Vabadussoja_Ajaloo_Komitee, lk 18
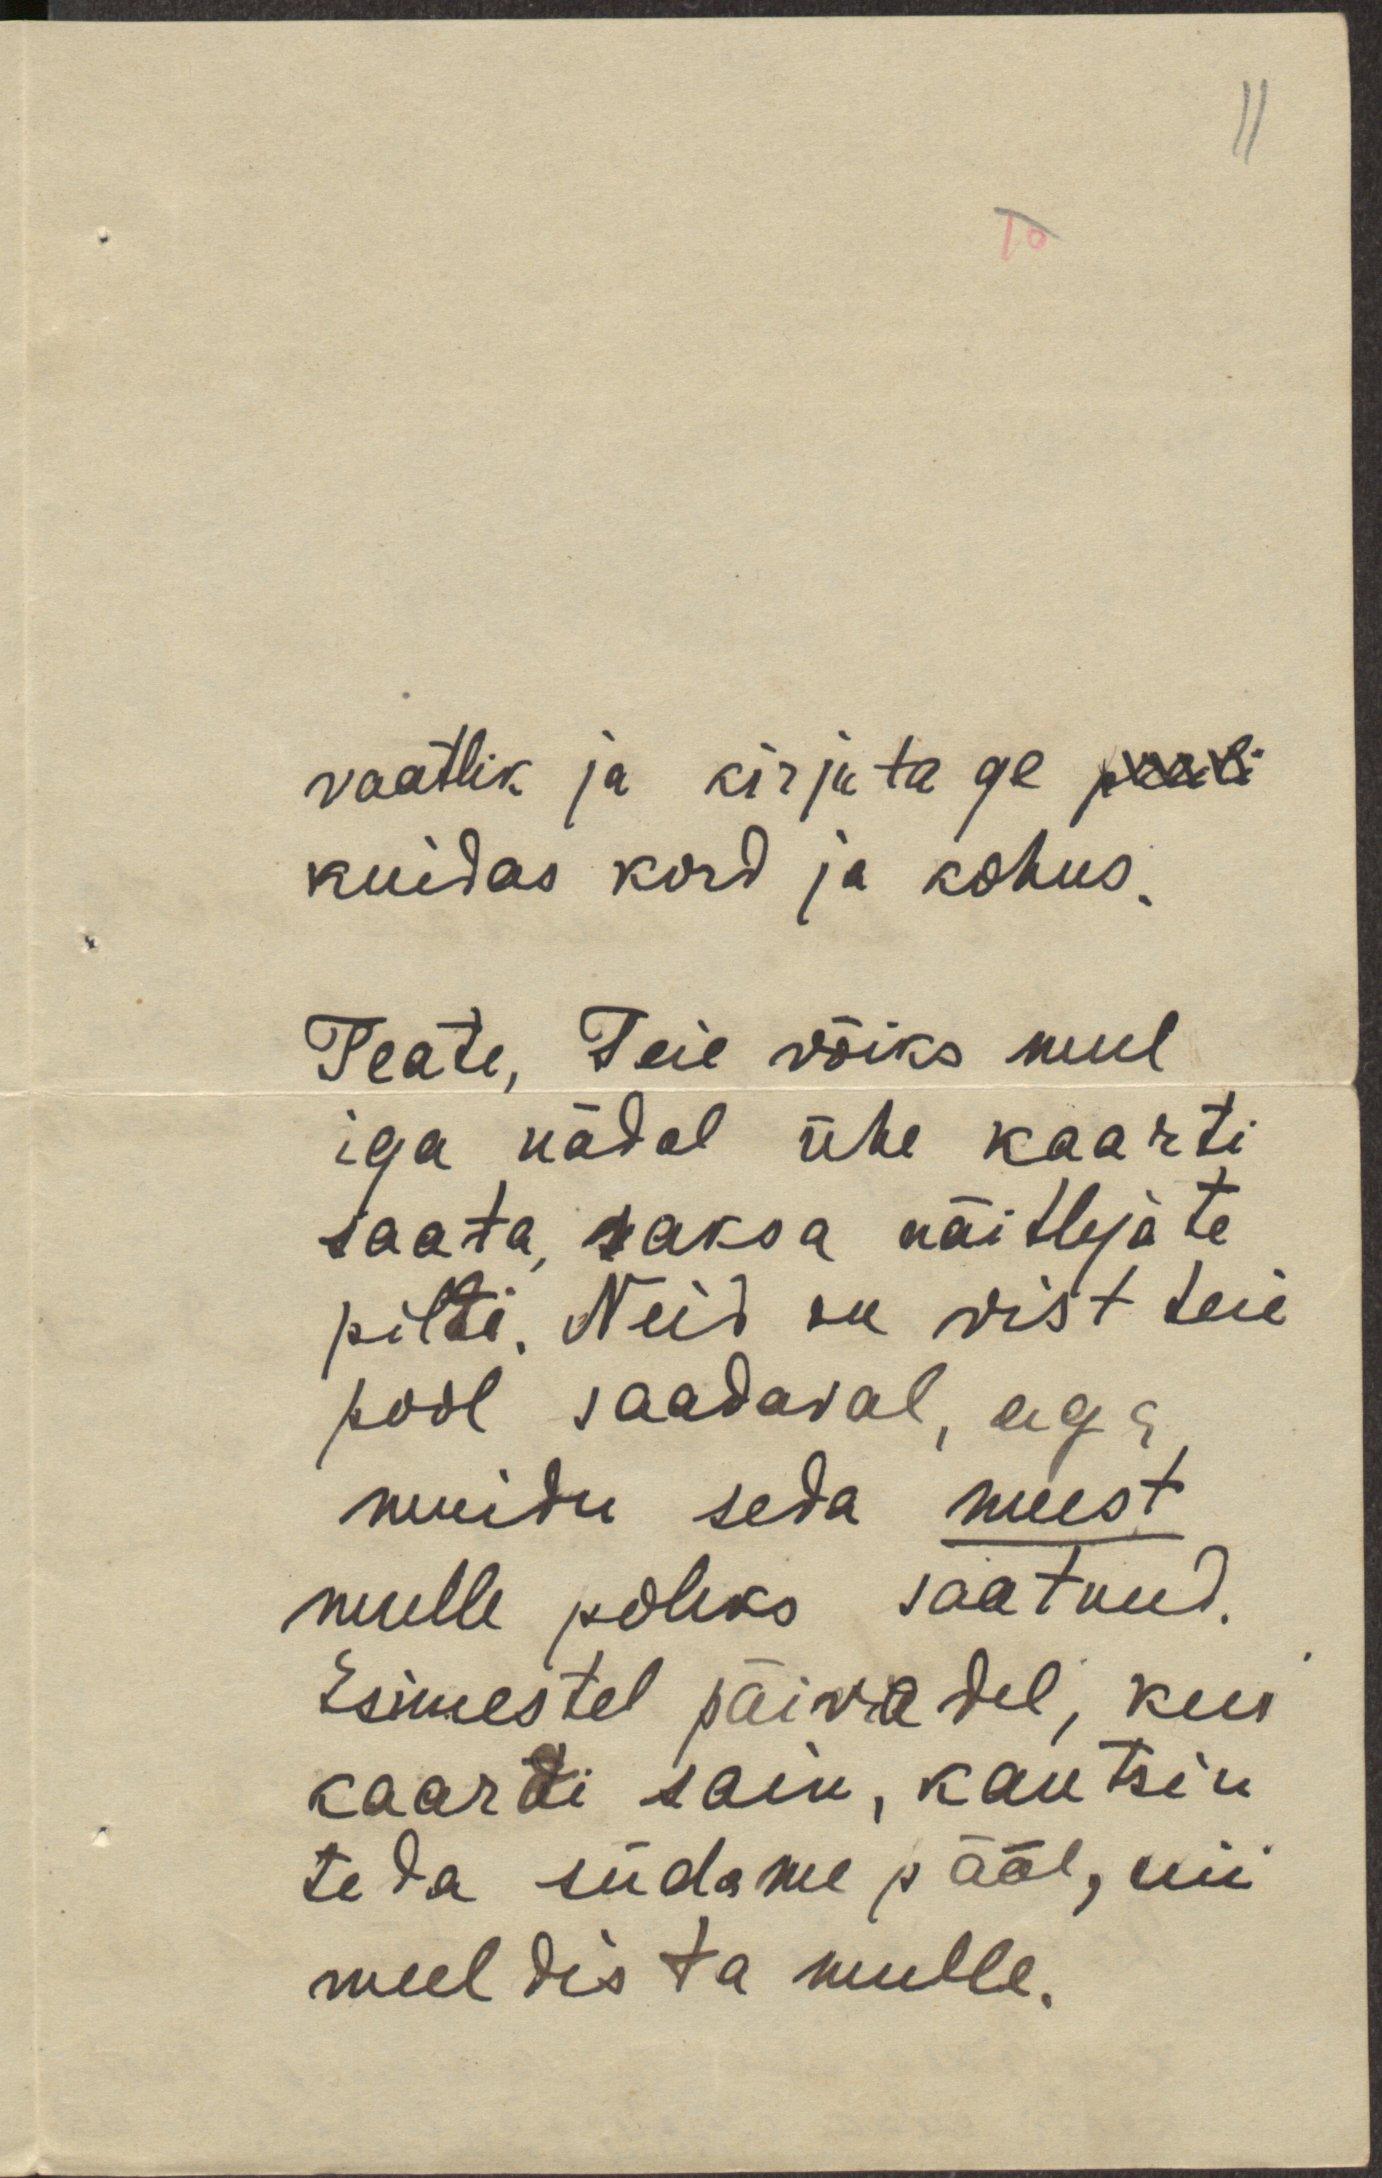
11

vaatlik ja kirjutage preili
kuidas kord ja kohus.
Teate, Teie võiks mul
iga nädal ühe kaarti
saata, saksa näitlejate
pildi. Neid on vist teie
pool saadaval, aga
muidu seda meest
mulle poleks saatnud.
Esimestel päivadel, kui
kaardi sain, kantsin
teda südame pääl, nii
meeldis ta mulle.